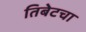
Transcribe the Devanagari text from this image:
तिबेटचा